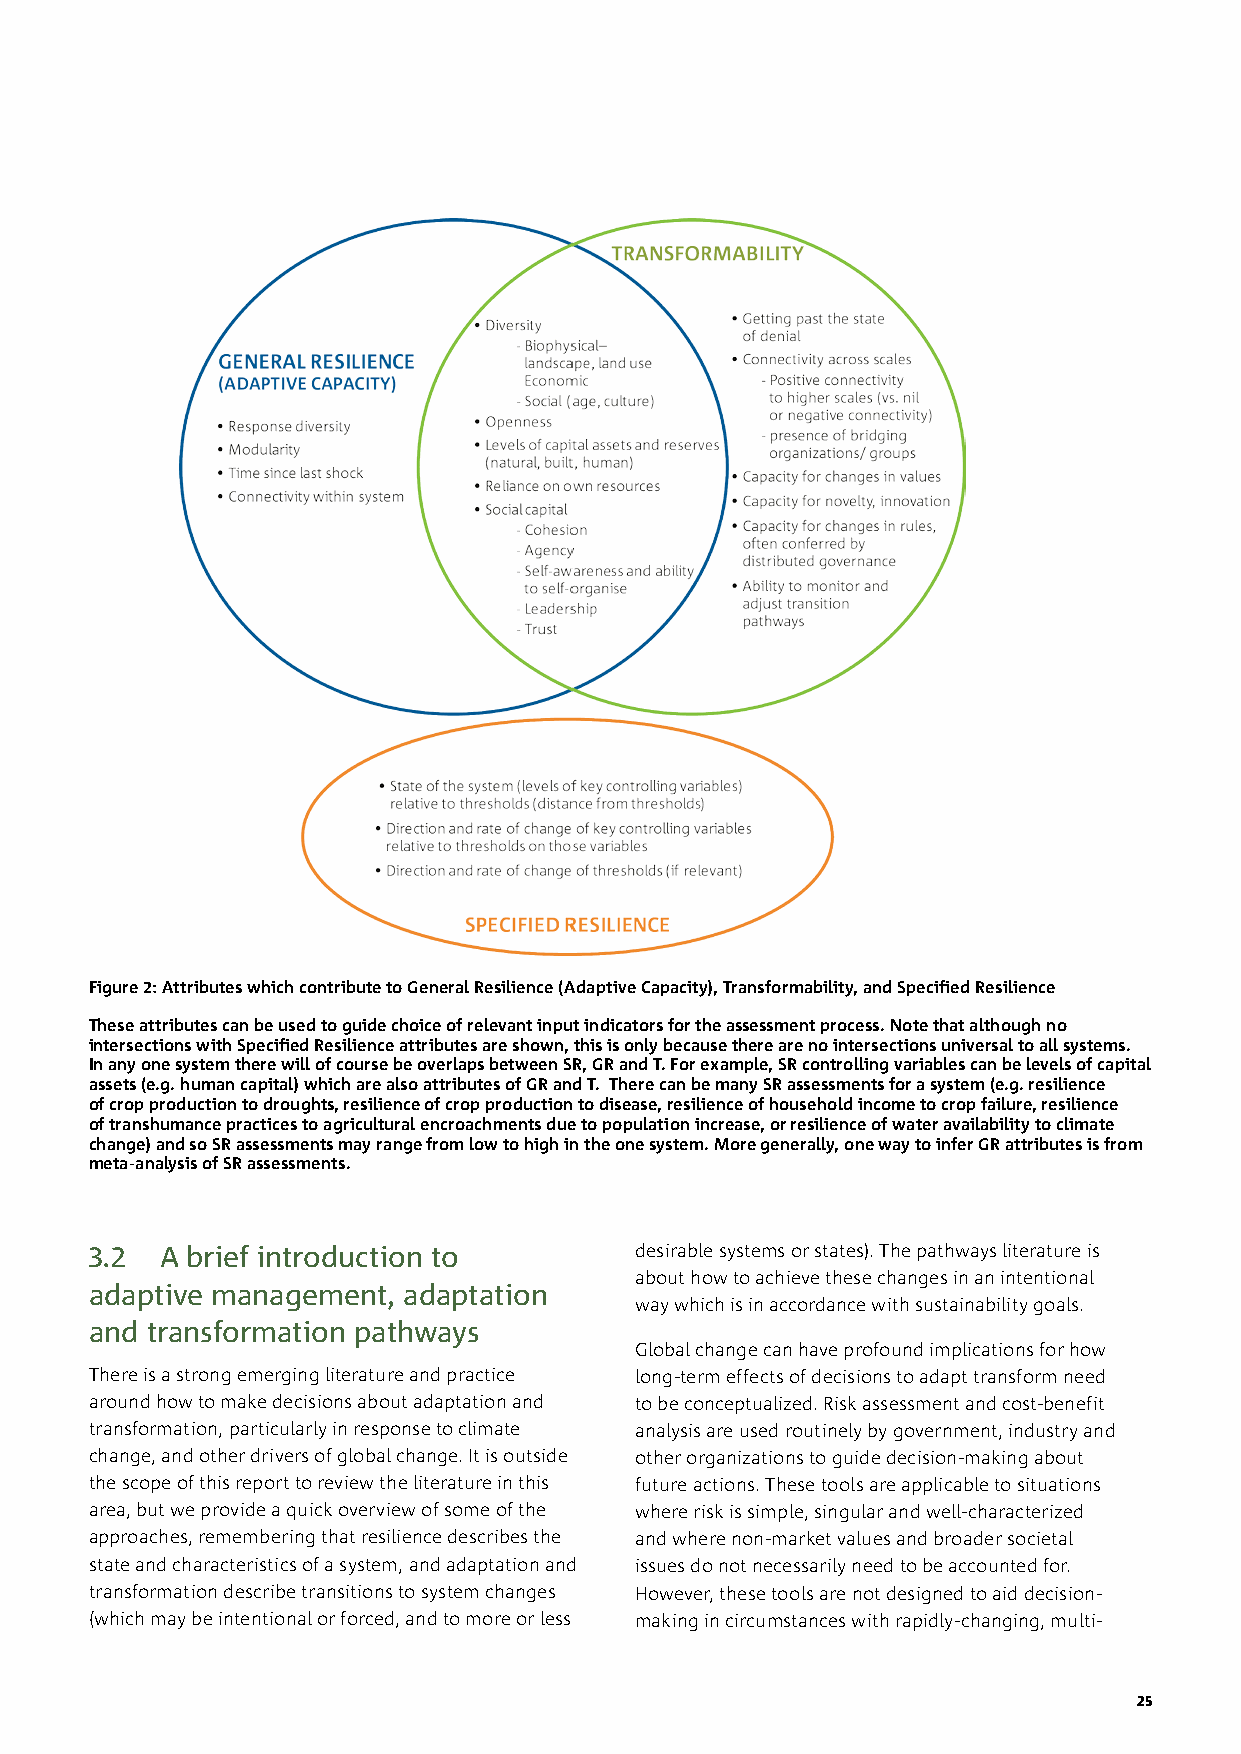
Figure 2: Attributes which contribute to General Resilience (Adaptive Capacity), Transformability, and Specified Resilience
 These attributes can be used to guide choice of relevant input indicators for the assessment process. Note that although no
 intersections with Specified Resilience attributes are shown, this is only because there are no intersections universal to all systems.
 In any one system there will of course be overlaps between SR, GR and T. For example, SR controlling variables can be levels of capital
 assets (e.g. human capital) which are also attributes of GR and T. There can be many SR assessments for a system (e.g. resilience
 of crop production to droughts, resilience of crop production to disease, resilience of household income to crop failure, resilience
 of transhumance practices to agricultural encroachments due to population increase, or resilience of water availability to climate
 change) and so SR assessments may range from low to high in the one system. More generally, one way to infer GR attributes is from
 meta-analysis of SR assessments.
 3.2  A brief introduction to        desirable systems or states). The pathways literature is
 about how to achieve these changes in an intentional
 adaptive management, adaptation
 way which is in accordance with sustainability goals.
 and transformation pathways
 Global change can have profound implications for how
 There is a strong emerging literature and practice long-term effects of decisions to adapt transform need
 around how to make decisions about adaptation and to be conceptualized. Risk assessment and cost-benefit
 transformation, particularly in response to climate analysis are used routinely by government, industry and
 change, and other drivers of global change. It is outside other organizations to guide decision-making about
 the scope of this report to review the literature in this future actions. These tools are applicable to situations
 area, but we provide a quick overview of some of the where risk is simple, singular and well-characterized
 approaches, remembering that resilience describes the and where non-market values and broader societal
 state and characteristics of a system, and adaptation and issues do not necessarily need to be accounted for.
 transformation describe transitions to system changes However, these tools are not designed to aid decision-
 (which may be intentional or forced, and to more or less making in circumstances with rapidly-changing, multi-
 25